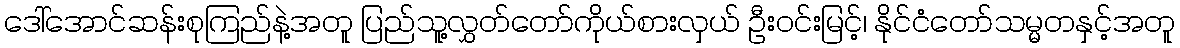
ဒေါ်အောင်ဆန်းစုကြည်နဲ့အတူ ပြည်သူ့လွှတ်တော်ကိုယ်စားလှယ် ဦးဝင်းမြင့်၊ နိုင်ငံတော်သမ္မတနှင့်အတူ